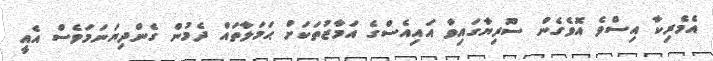
އެމެރިކާ އިސްވެ އޮވެގެން ސޫރިޔާގައިވާ އައިއެސްގެ އަމާޒުތަކަށް ޙަމަލާތައް ދެމުން ގެންދިޔަނަމަވެސް އެއީ